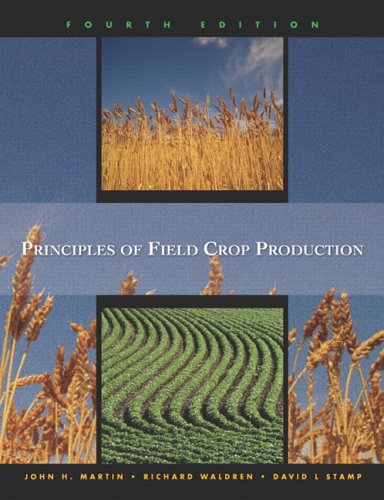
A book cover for Principles of Field Crop Production (4th Edition); John H. Martin; Science & Math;